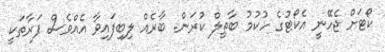
ކޯޓަށް ޖެހޭނީ އެކޯޓުގެ ހުކުމު ބާތިލް ކުރަން. ބާރެއް ލިބިފައިވާ އެއްވެސް ފަރާތަކީ